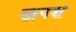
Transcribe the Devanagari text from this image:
खपच्च